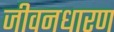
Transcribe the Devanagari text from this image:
जीवनधारण